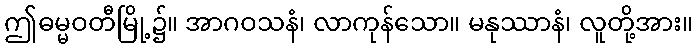
ဤဓမ္မဝတီမြို့၌။ အာဂဝသနံ၊ လာကုန်သော။ မနုဿာနံ၊ လူတို့အား။